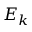
E _ { k }